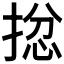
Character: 𢮈